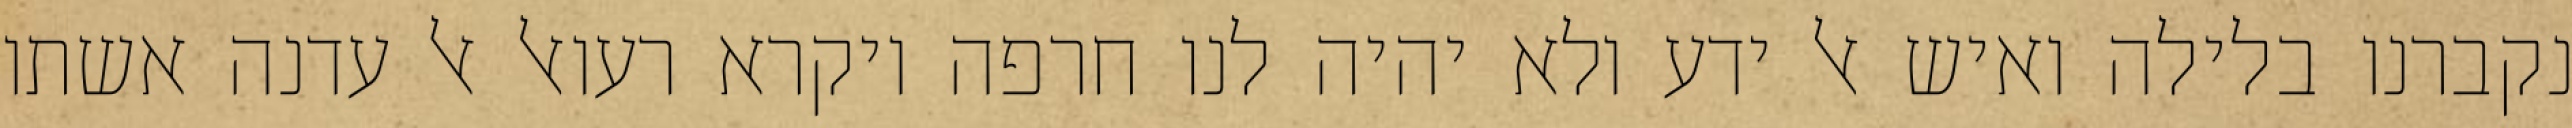
נקברנו בלילה ואיש אל ידע ולא יהיה לנו חרפה ויקרא רעואל אל עדנה אשתו